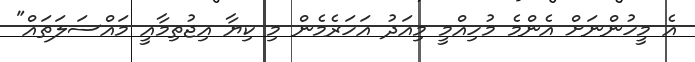
އެ މީހުންނަށް އެންމެ މުހިއްމީ މިއަދު އަހަރެމެން މި ކިޔާ އިޖުތިމާއީ މައްސަލަތައް"